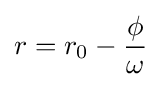
r=r_{0}-{\frac {\phi }{\omega }}